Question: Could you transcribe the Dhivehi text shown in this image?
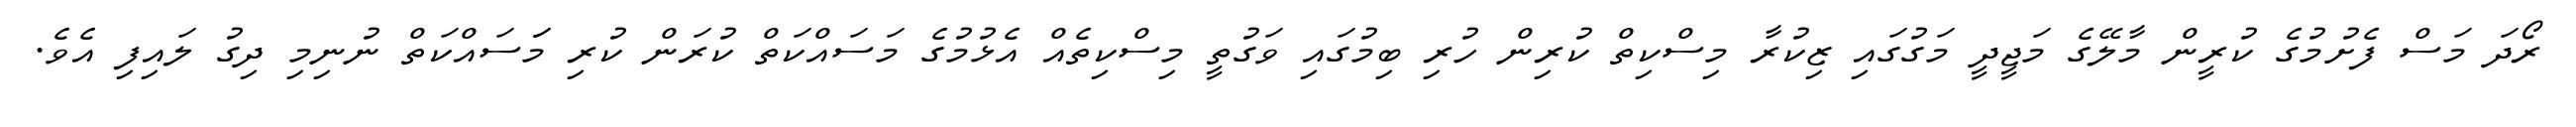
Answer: ރޯދަ މަސް ފެށުމުގެ ކުރީން މާލޭގެ މަޖީދީ މަގުގައި ޒިކުރާ މިސްކިތް ކުރިން ހުރި ބިމުގައި ވަގުތީ މިސްކިތެއް އެޅުމުގެ މަސައްކަތް ކުރަން ކުރި މަަސައްކަތް ނުނިމި ދިގު ލައިފި އެވެ.